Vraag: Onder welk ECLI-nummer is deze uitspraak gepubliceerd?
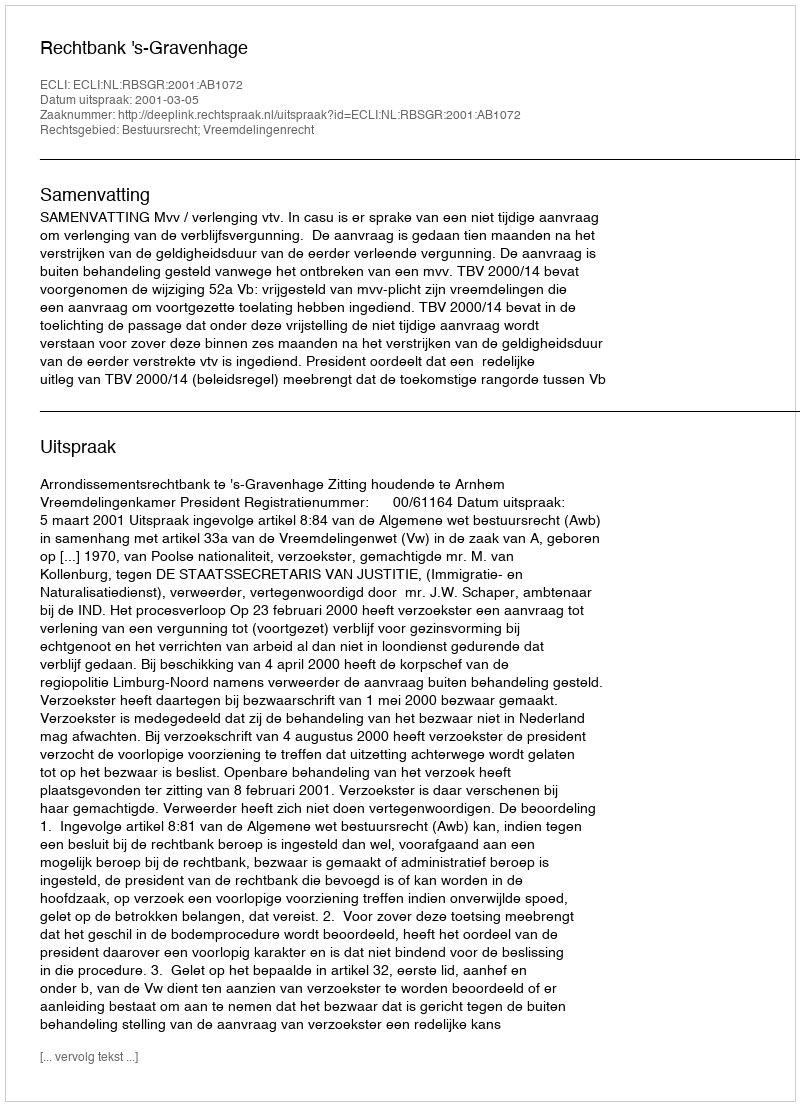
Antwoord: ECLI:NL:RBSGR:2001:AB1072